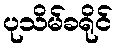
ပုသိမ်ခရိုင်